Annual report on the lock hospitals of the Madras Presidency
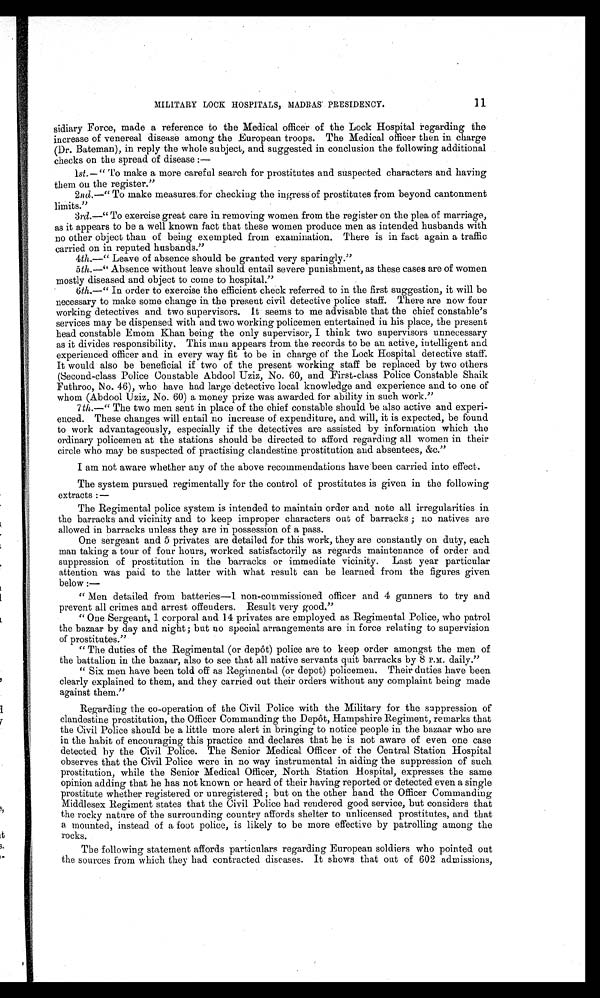
11
MILITARY LOCK HOSPITALS, MADRAS PRESIDENCY.
sidiary Force, made a reference to the Medical officer of the Lock Hospital regarding the
increase of venereal disease among the European troops. The Medical officer then in charge
(Dr. Bateman), in reply the whole subject, and suggested in conclusion the following additional
checks on the spread of disease :—
1
st.—" To make a more careful search for prostitutes and suspected characters and having
them on the register."
2nd.—" To make measures. for checking the ingress of prostitutes from beyond cantonment
limits."
3rd.—" To exercise great care in removing women from the register on the plea of marriage,
as it appears to be a well known fact that these women produce men as intended husbands with
no other object than of being exempted from examination. There is in fact again a traffic
carried on in reputed husbands."
4 t h . — "
L e a v e o f a b s e n c e s h o u l d b e g r a n t e d v e r y s p a r i n g l y . "
5 th.—" Absence without leave should entail severe punishment, as these cases are of women
mostly diseased and object to come to hospital."
6th.—" In order to exercise the efficient check referred to in the first suggestion, it will be
necessary to make some change in the present civil detective police staff. There are now four
working detectives and two supervisors. It seems to me advisable that the chief constable's
services may be dispensed with and two working policemen entertained in his place, the present
head constable Emom Khan being the only supervisor, I think two supervisors unnecessary
as it divides responsibility. This man appears from the records to be an active, intelligent and
experienced officer and in every way fit to be in charge of the Lock Hospital detective staff.
It would also be beneficial if two of the present working staff be replaced by two others
(Second-class Police Constable Abdool Uziz, No. 60, and First-class Police Constable Shaik
Futhroo, No. 46), who have had large detective local knowledge and experience and to one of
whom (Abdool Uziz, No. 60) a money prize was awarded for ability in such work."
7 th .—" The two men sent in place of the chief constable should be also active and experi-
enced. These changes will entail no increase of expenditure, and will, it is expected, be found
to work advantageously, especially if the detectives are assisted by information which the
ordinary policemen at the stations should be directed to afford regarding all women in their
circle who may be suspected of practising clandestine prostitution and absentees, &c."
I am not aware whether any of the above recommendations have been carried into effect.
The system pursued regimentally for the control of prostitutes is given in the following
extracts :—
The Regimental police system is intended to maintain order and note all irregularities in
the barracks and vicinity and to keep improper characters out of barracks ; no natives are
allowed in barracks unless they are in possession of a pass.
One sergeant and 5 privates are detailed for this work, they are constantly on duty, each
man taking a tour of four hours, worked satisfactorily as regards maintenance of order and
suppression of prostitution in the barracks or immediate vicinity. Last year particular
attention was paid to the latter with what result can be learned from the figures given
below :
—
" Men detailed from batteries—1 non-commissioned officer and 4 gunners to try and
prevent all crimes and arrest offenders. Result very good."
" One Sergeant, 1 corporal and 14 privates are employed as Regimental Police, who patrol
the bazaar by day and night ; but no special arrangements are in force relating to supervision
of prostitutes."
" The duties of the Regimental (or depôt) police are to keep order amongst the men of
the battalion in the bazaar, also to see that all native servants quit barracks by 8 P.M. daily."
" Six men have been told off as Regimental (or depot) policemen. Their duties have been
clearly explained to them, and they carried out their orders without any complaint being made
against them."
Regarding the co-operation of the Civil Police with the Military for the suppression of
clandestine prostitution, the Officer Commanding the Depôt, Hampshire Regiment, remarks that
the Civil Police should be a little more alert in bringing to notice people in the bazaar who are
in the habit of encouraging this practice and declares that he is not aware of even one case
detected by the Civil Police. The Senior Medical Officer of the Central Station Hospital
observes that the Civil Police were in no way instrumental in aiding the suppression of such
prostitution, while the Senior Medical Officer, North Station Hospital, expresses the same
opinion adding that he has not known or heard of their having reported or detected even a single
prostitute whether registered or unregistered ; but on the other hand the Officer Commanding
Middlesex Regiment states that the Civil Police had rendered good service, but considers that
the rocky nature of the surrounding country affords shelter to unlicensed prostitutes, and that
a mounted, instead of a foot police, is likely to be more effective by patrolling among the
rocks.
The following statement affords particulars regarding European soldiers who pointed out
the sources from which they had contracted diseases. It shows that out of 602 admissions,